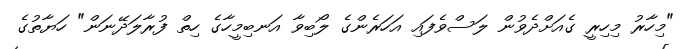
"މިހާރު މިހިރީ ގެއަށްދެވުން ލަސްވެފައި އަހަރެންގެ ލޯބިވާ އަނބިމީހާގެ ހިތް ފުރާލަދޭނަން" ހަޔާތުގެ